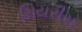
થિયરીસ